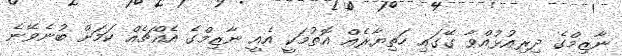
ނާޒިމްގެ ދިރިއުޅުއްވާ ގޭގައި ހަތިޔާރެއް އޮތުމަކީ އެއީ ނާޒިމްގެ އެއްޗެއް ކަމަށް ބުނެވޭނެ